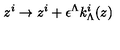
z ^ { i } \to z ^ { i } + \epsilon ^ { \Lambda } k _ { \Lambda } ^ { i } ( z )